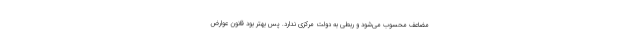
مضاعف محسوب می‌شود و ربطی به دولت مرکزی ندارد. پس بهتر بود قانون عوارض